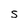
Character: S